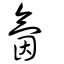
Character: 氤